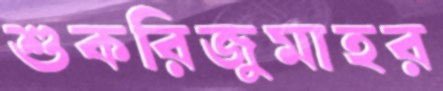
শুকরিজুমাহর